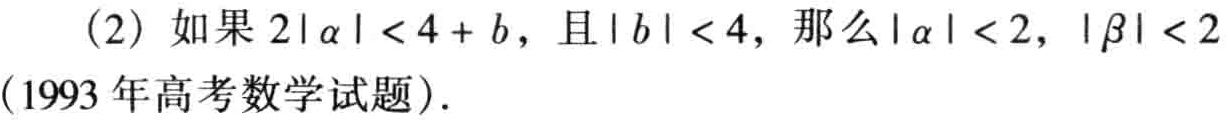
(2) 如果 \(2|\alpha| < 4 + b\)，且 \(|b| < 4\)，那么 \(|\alpha| < 2\)，\(|\beta| < 2\)

(1993 年高考数学试题).